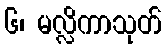
၆၊ မလ္လိကာသုတ်